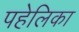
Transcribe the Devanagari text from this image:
पहेलिका